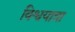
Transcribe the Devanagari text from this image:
विश्वयात्रा